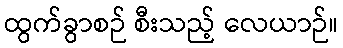
ထွက်ခွာစဉ် စီးသည့် လေယာဉ်။